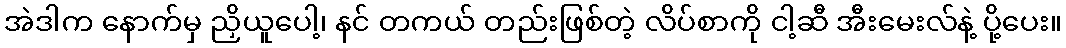
အဲဒါက နောက်မှ ညှိယူပေါ့၊ နင် တကယ် တည်းဖြစ်တဲ့ လိပ်စာကို ငါ့ဆီ အီးမေးလ်နဲ့ ပို့ပေး။